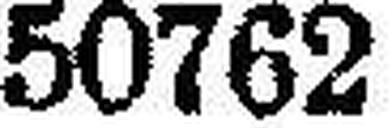
50762